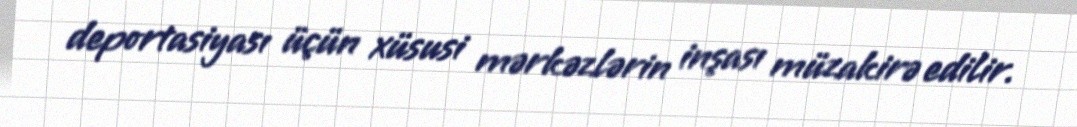
deportasiyası üçün xüsusi mərkəzlərin inşası müzakirə edilir.